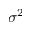
\sigma ^ { 2 }